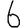
Digit: 6